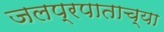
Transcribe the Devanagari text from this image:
जलप्रपाताच्या